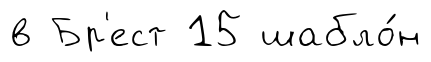
в Бр'ест 15 шабло́н